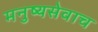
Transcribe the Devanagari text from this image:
मनुष्यसेवाच